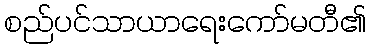
စည်ပင်သာယာရေးကော်မတီ၏